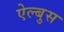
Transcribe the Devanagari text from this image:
ऐल्बुस